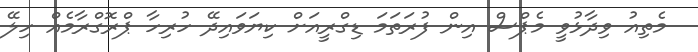
މެތިއު ވިދާޅުވީ މެޕްސް އިން ފުރަތަމަ ޑިގްރީއަށް ކިޔަވައިދޭ ހުރިހާ ޕްރޮގްރާމެއް ހިލޭ